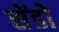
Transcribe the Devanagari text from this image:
सेंडो